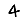
Digit: 4